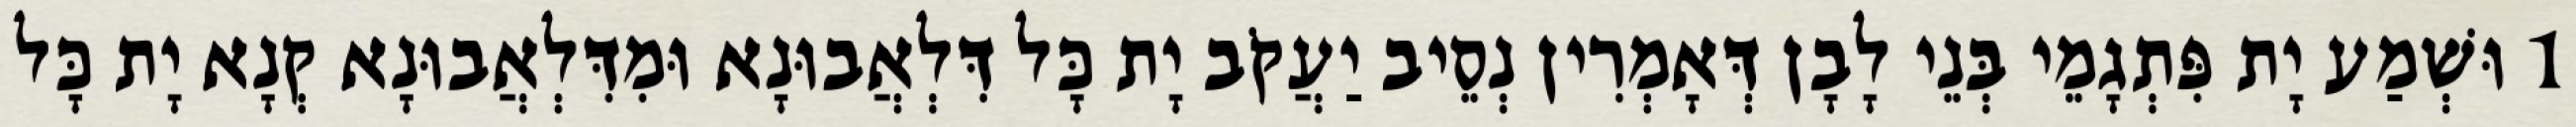
1 וּשְׁמַע יָת פִּתְגָמֵי בְּנֵי לָבָן דְּאָמְרִין נְסֵיב יַעֲקֹב יָת כָּל דִּלְאֲבוּנָא וּמִדִּלְאֲבוּנָא קְנָא יָת כָּל